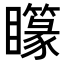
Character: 𥌫